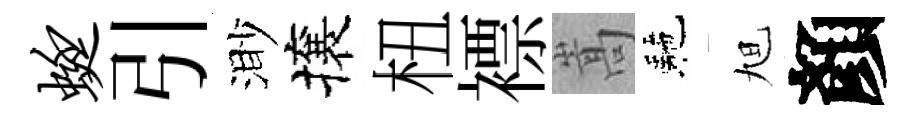
蜓引渺攘杻褾嵩駰旭顏